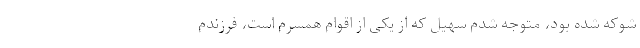
شوکه شده بود، متوجه شدم سهیل که از یکی از اقوام همسرم است، فرزندم